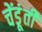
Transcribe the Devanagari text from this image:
चेंडूंती